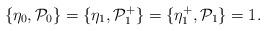
LaTeX: \begin{align*}\{\eta_{0},{\cal{P}}_{0}\}=\{\eta_{1}, {\cal{P}}_{1}^+\}=\{\eta_{1}^+,{\cal{P}}_{1}\}=1.\end{align*}